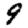
Digit: 9